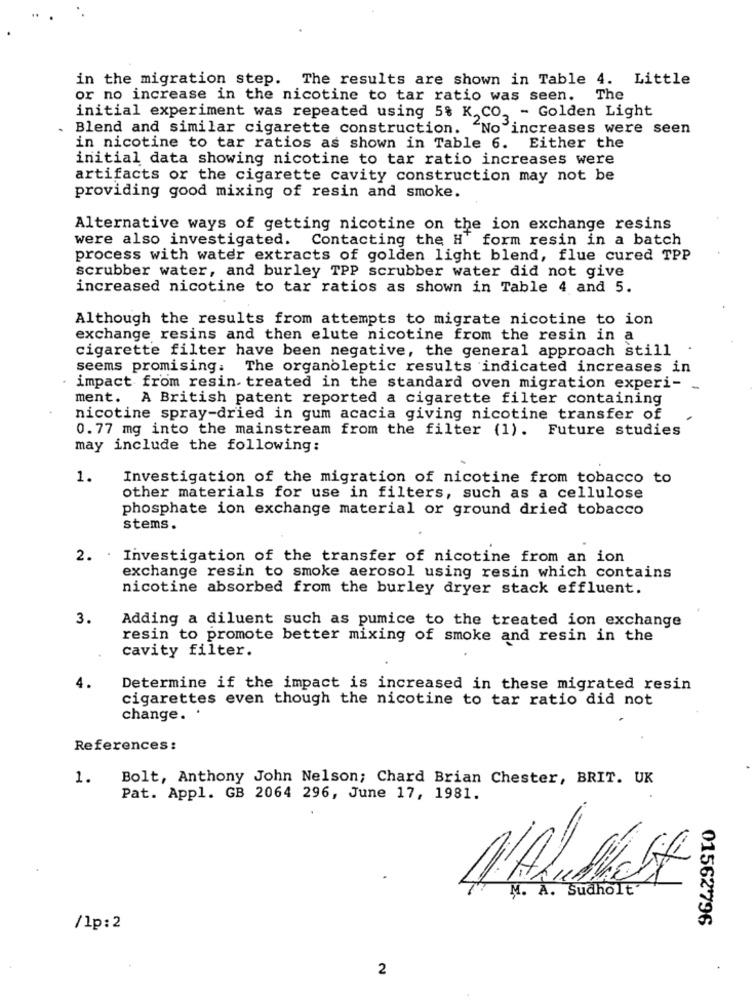
in the migration step. The results are shown in Table 4. Little
or no increase in the nicotine to tar ratio was seen. The
initial experiment was repeated using 5% K.CO, - Golden Light
Blend and similar cigarette construction. "No increases were seen
in nicotine to tar ratios as shown in Table 6. Either the
initial data showing nicotine to tar ratio increases were
artifacts or the cigarette cavity construction may not be
providing good mixing of resin and smoke.
Alternative ways of getting nicotine on the ion exchange resins
were also investigated.
Contacting the H' form resin in a batch
process with water extracts of golden light blend, flue cured TPP
scrubber water, and burley TPP scrubber water did not give
increased nicotine to tar ratios as shown in Table 4 and 5.
Although the results from attempts to migrate nicotine to ion
exchange resins and then elute nicotine from the resin in a
cigarette filter have been negative, the general approach still
seems promising: The organoleptic results indicated increases in
impact from resin- treated in the standard oven migration experi- -
ment. A British patent reported a cigarette filter containing
nicotine spray-dried in gum acacia giving nicotine transfer of
0. 77 mg into the mainstream from the filter (1). Future studies
may include the following:
1.
Investigation of the migration of nicotine from tobacco to
other materials for use in filters, such as a cellulose
phosphate ion exchange material or ground dried tobacco
stems.
2.
Investigation of the transfer of nicotine from an ion
exchange resin to smoke aerosol using resin which contains
nicotine absorbed from the burley dryer stack effluent.
3.
Adding a diluent such as pumice to the treated ion exchange
resin to promote better mixing of smoke and resin in the
cavity filter.
4.
Determine if the impact is increased in these migrated resin
cigarettes even though the nicotine to tar ratio did not
change. .
References :
1.
Bolt, Anthony John Nelson; Chard Brian Chester, BRIT. UK
Pat. Appl. GB 2064 296, June 17, 1981.
M. A. Sudholt
01562796
/lp:2
2